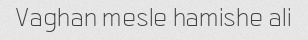
Vaghan mesle hamishe ali